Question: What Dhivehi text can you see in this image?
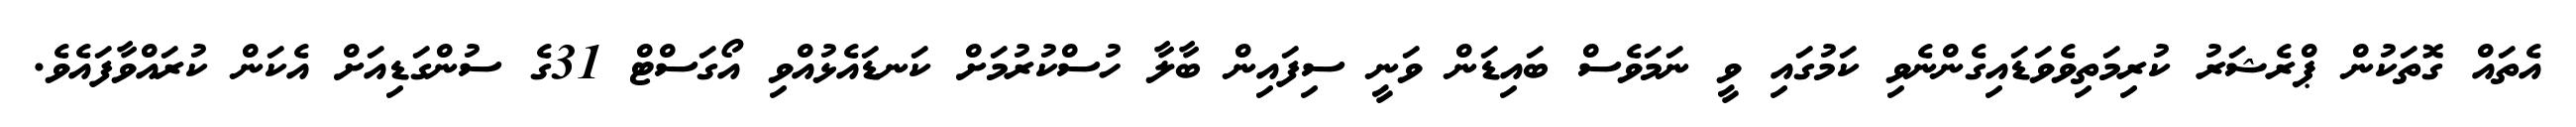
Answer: އެތައް ގޮތަކުން ޕްރެޝަރު ކުރިމަތިވެވަޑައިގެންނެވި ކަމުގައި ވީ ނަމަވެސް ބައިޑަން ވަނީ ސިފައިން ބާލާ ހުސްކުރުމަށް ކަނޑައެޅުއްވި އޯގަސްޓް 31ގެ ސުންގަޑިއަށް އެކަން ކުރައްވާފައެވެ.